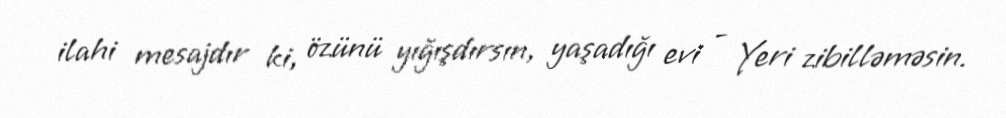
ilahi mesajdır ki, özünü yığışdırsın, yaşadığı evi - Yeri zibilləməsin.